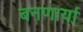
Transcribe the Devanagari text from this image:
बनणार्या